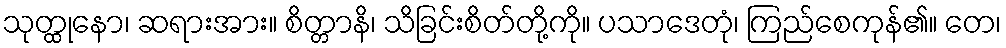
သုတ္ထုနော၊ ဆရားအား။ စိတ္တာနိ၊ သိခြင်းစိတ်တို့ကို။ ပသာဒေတုံ၊ ကြည်စေကုန်၏။ တေ၊